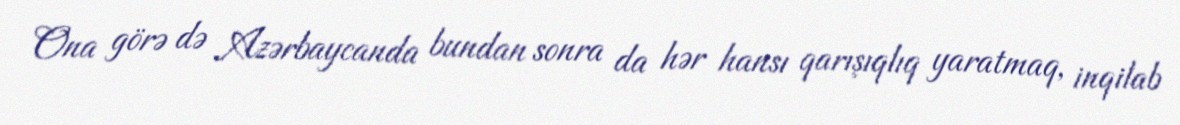
Ona görə də Azərbaycanda bundan sonra da hər hansı qarışıqlıq yaratmaq, inqilab